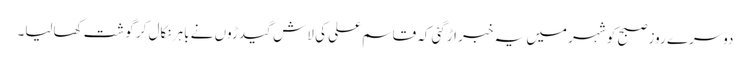
دوسرے روز صبح کو شہر میں یہ خبر اڑگئی کہ قاسم علی کی لاش گیدڑوں نے باہر نکال کر گوشت کھالیا۔